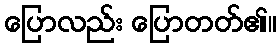
ပြောလည်း ပြောတတ်၏။